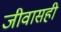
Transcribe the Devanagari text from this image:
जीवासही